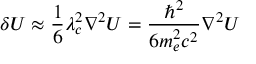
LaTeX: \delta U \approx { \frac { 1 } { 6 } } \lambda _ { c } ^ { 2 } \nabla ^ { 2 } U = { \frac { \hbar ^ { 2 } } { 6 m _ { e } ^ { 2 } c ^ { 2 } } } \nabla ^ { 2 } U